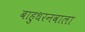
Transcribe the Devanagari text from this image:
बाहुधरनवाला